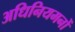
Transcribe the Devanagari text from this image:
अधिनियमनों